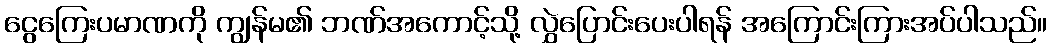
ငွေကြေးပမာဏကို ကျွန်မ၏ ဘဏ်အကောင့်သို့ လွှဲပြောင်းပေးပါရန် အကြောင်းကြားအပ်ပါသည်။